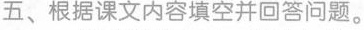
五、根据课文内容填空并回答问题。